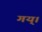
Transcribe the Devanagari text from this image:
गय्।